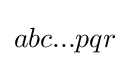
abc...pqr